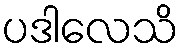
ပဒါလေသိ